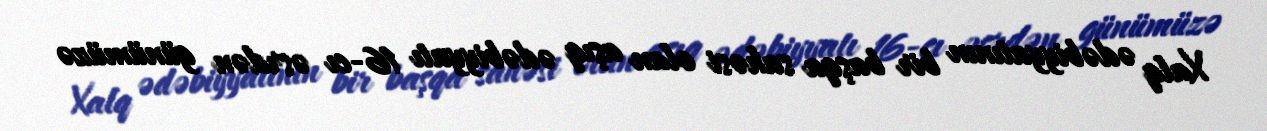
Xalq ədəbiyyatının bir başqa sahəsi olan aşıq ədəbiyyatı 16-cı əsrdən günümüzə